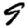
Digit: 9